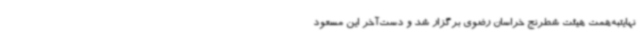
نهایتبه‌همت هیئت شطرنج خراسان رضوی برگزار شد و دست‌آخر این مسعود